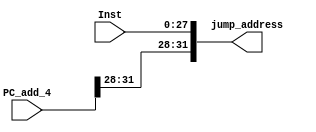
`timescale 1ns / 1ps
//////////////////////////////////////////////////////////////////////////////////
// Company: 
// Engineer: 
// 
// Design Name: 
// Module Name: jump_address
// Project Name: 
// Target Devices: 
// Tool Versions: 
// Description: 
// 
// Dependencies: 
// 
// Revision:
// Revision 0.01 - File Created
// Additional Comments:
// 
//////////////////////////////////////////////////////////////////////////////////


module jump_address(
    input [27:0] Inst,
    input [31:0] PC_add_4,
    output reg [31:0] jump_address
    );
    
    always @(Inst or PC_add_4)
    begin
        jump_address[27:0] = Inst[27:0];
        jump_address[31:28] = PC_add_4[31:28];
        $display(jump_address);
    end
endmodule